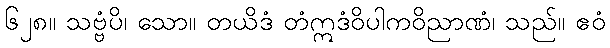
၆၂၈။ သဗ္ဗံပိ၊ သော။ တယိဒံ တံဣဒံဝိပါကဝိညာဏံ၊ သည်။ ဧဝံ